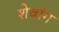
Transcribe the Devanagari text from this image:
शेवांग